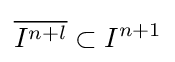
{\overline {I^{n+l}}}\subset I^{n+1}